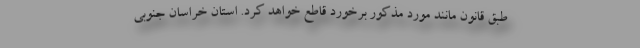
طبق قانون مانند مورد مذکور برخورد قاطع خواهد کرد. استان خراسان جنوبی